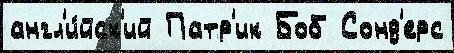
англ'и́йск'ий Патр'ик Боб Сонд'ерс